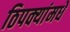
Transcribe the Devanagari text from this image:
ठिपक्यांमधे